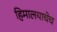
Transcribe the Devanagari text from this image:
हिमालयाचेच